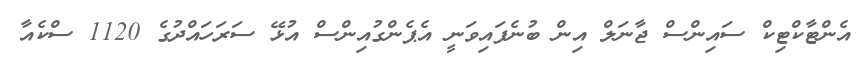
އެންޓާކްޓިކް ސައިންސް ޖާނަލް އިން ބުނެފައިވަނީ އެޕެންގުއިންސް އުޅޭ ސަރަހައްދުގެ 1120 ސްކެއާ